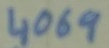
Text: 4069